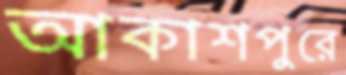
আকাশপুরে